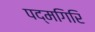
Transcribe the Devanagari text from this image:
पद्मगिरि